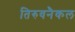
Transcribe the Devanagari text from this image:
तिरुवनैकल